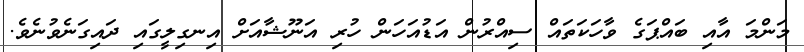
މަންމަ އާއި ބައްޕަގެ ވާހަކަތައް ސިއްރުން އަޑުއަހަން ހުރި އަނޫޝާއަށް އިނގިލީގައި ދައިގަނެވުނެވެ.